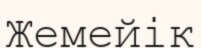
Жемейік